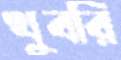
খুবরি